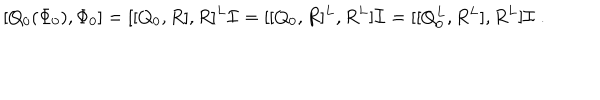
[ Q _ { 0 } ( \Phi _ { 0 } ) , \Phi _ { 0 } ] = [ [ Q _ { 0 } , R ] , R ] ^ { L } \mathcal { I } = [ [ Q _ { 0 } , R ] ^ { L } , R ^ { L } ] \mathcal { I } = [ [ Q _ { 0 } ^ { L } , R ^ { L } ] , R ^ { L } ] \mathcal { I } \ .